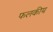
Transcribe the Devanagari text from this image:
फलकीय